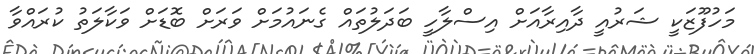
މަހުފޫޒަކީ ޝަރުއީ ދާއިރާއަށް އިސްލާހީ ބަދަލުތައް ގެނައުމަށް ވަރަށް ބޮޑަށް ވަކާލަތު ކުރައްވާ